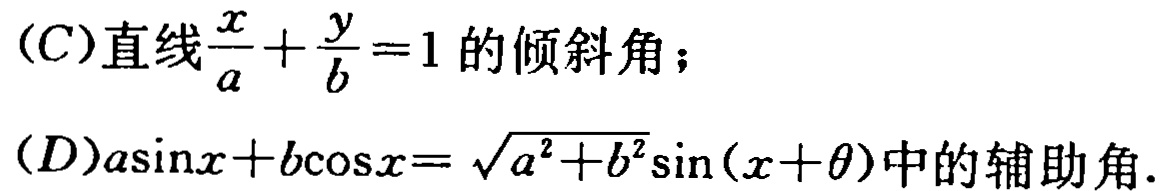
(C)直线$\frac{x}{a}+\frac{y}{b}=1$的倾斜角；

(D)$a\sin x + b\cos x = \sqrt{a^{2}+b^{2}}\sin(x + \theta)$中的辅助角.